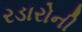
રડારોની